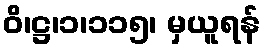
ဝိ၊ဋ္ဌ၊၁၊၁၁၅၊ မှယူရန်